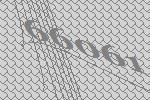
66061